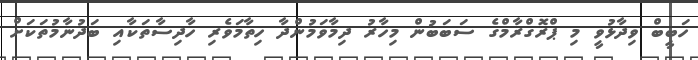
ހަބީބް ވިދާޅުވީ މި ޕްރޮގްރާމްގެ ސަބަބުން މިހާރު ދިމާވަމުންދާ ހިތާމަވެރި ހާދިސާތަކާއި ބަދުނާމުތަކަށް